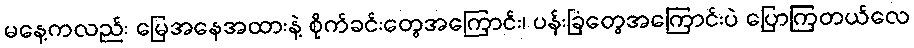
မနေ့ကလည်း မြေအနေအထားနဲ့ စိုက်ခင်းတွေအကြောင်း၊ ပန်းခြံတွေအကြောင်းပဲ ပြောကြတယ်လေ